Civil Veterinary Dept. North-West Frontier Province 1923-32 - 1923-1932
Year: 1923
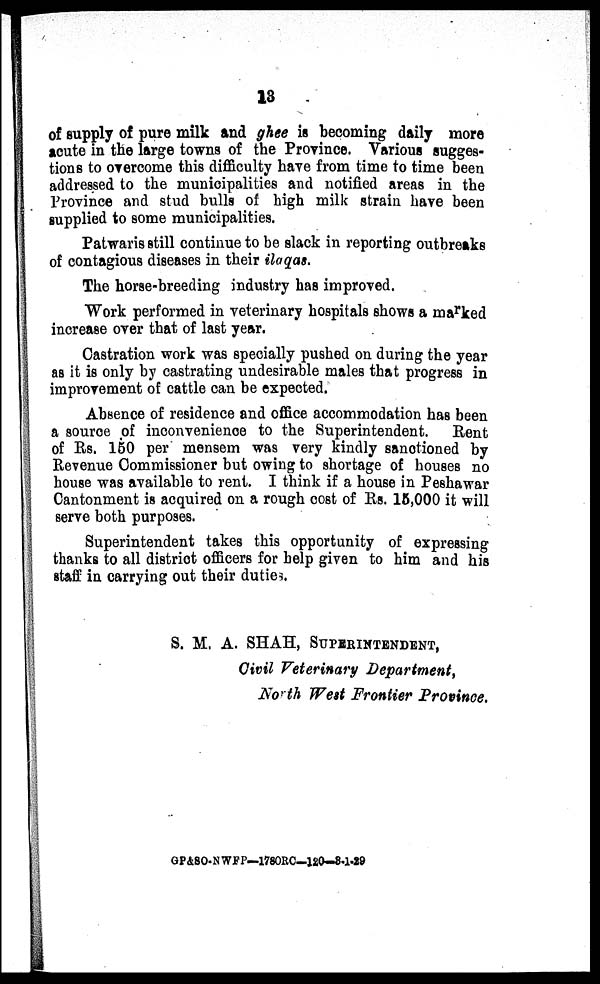
13
of supply of pure milk and ghee is becoming daily more
acute in the large towns of the Province. Various sugges-
tions to overcome this difficulty have from time to time been
addressed to the municipalities and notified areas in the
Province and stud bulls of high milk strain have been
supplied to some municipalities.
Patwaris still continue to be slack in reporting outbreaks
of contagious diseases in their ilaqas.
The horse-breeding industry has improved.
Work performed in veterinary hospitals shows a marked
increase over that of last year.
Castration work was specially pushed on during the year
as it is only by castrating undesirable males that progress in
improvement of cattle can be expected.
Absence of residence and office accommodation has been
a source of inconvenience to the Superintendent. Rent
of Rs. 150 per mensem was very kindly sanctioned by
Revenue Commissioner but owing to shortage of houses no
house was available to rent. I think if a house in Peshawar
Cantonment is acquired on a rough cost of Rs. 15,000 it will
serve both purposes.
Superintendent takes this opportunity of expressing
thanks to all district officers for help given to him and his
staff in carrying out their duties.
S. M. A. SHAH, SUPERINTENDENT,
Civil Veterinary Department,
North West Frontier Province.
GP&SO-NWFP—178ORC-120-8-1-29